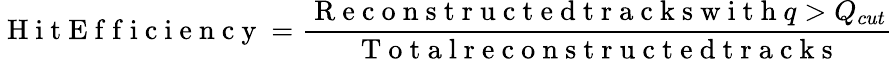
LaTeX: \mathrm{~H~i~t~E~f~f~i~c~i~e~n~c~y~}=\frac{\mathrm{~R~e~c~o~n~s~t~r~u~c~t~e~d~t~r~a~c~k~s~w~i~t~h~}q>Q_{cut}}{\mathrm{~T~o~t~a~l~r~e~c~o~n~s~t~r~u~c~t~e~d~t~r~a~c~k~s~}}